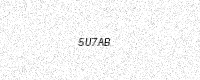
Text: 5U7AB